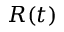
R ( t )